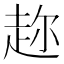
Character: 趂